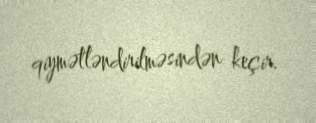
qiymətləndirilməsindən keçir.